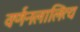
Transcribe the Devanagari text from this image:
वर्णनलालित्य